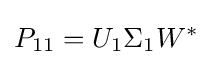
P_{11}=U_{1}\Sigma _{1}W^{*}